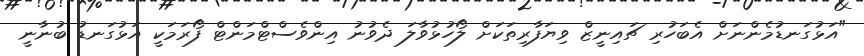
"އަޅުގަނޑުމެންނަށް އެބަހުރި ޗައިނީޒް ވިޔަފާރިތަކަށް ލޯހުޅުވާލަ ދެވުނު އިންވެސްޓްމަންޓް ފޯރަމަކީ އަޅުގަނޑު ބުނާނީ